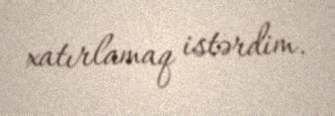
xatırlamaq istərdim.